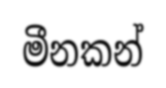
මීනකන්